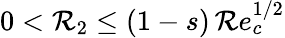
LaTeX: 0<\mathcal{R}_{2}\leq(1-s)\, \mathcal{R}e_{c}^{1/2}